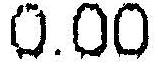
0.00